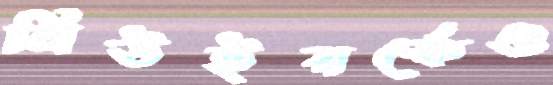
নিউইয়র্কেও